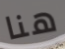
هنا